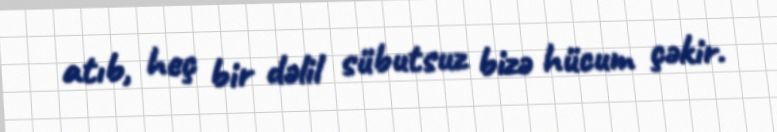
atıb, heç bir dəlil sübutsuz bizə hücum çəkir.